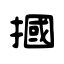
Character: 摑